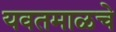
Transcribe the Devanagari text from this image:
यवतमाळचे